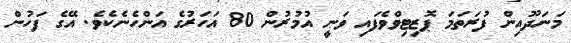
މަނަދޫއިން ފުރަތަމަ ޕޮޒިޓިވްވެފައި ވަނީ އުމުރުން 80 އަހަރުގެ އަންހެނެކެވެ. އޭގެ ފަހުން